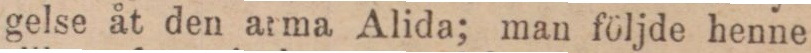
gelse åt den atma Alida; man följde henne